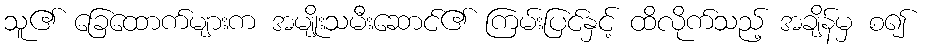
သူ၏ ခြေထောက်များက အမျိုးသမီးဆောင်၏ ကြမ်းပြင်နှင့် ထိလိုက်သည့် အချိန်မှ စ၍